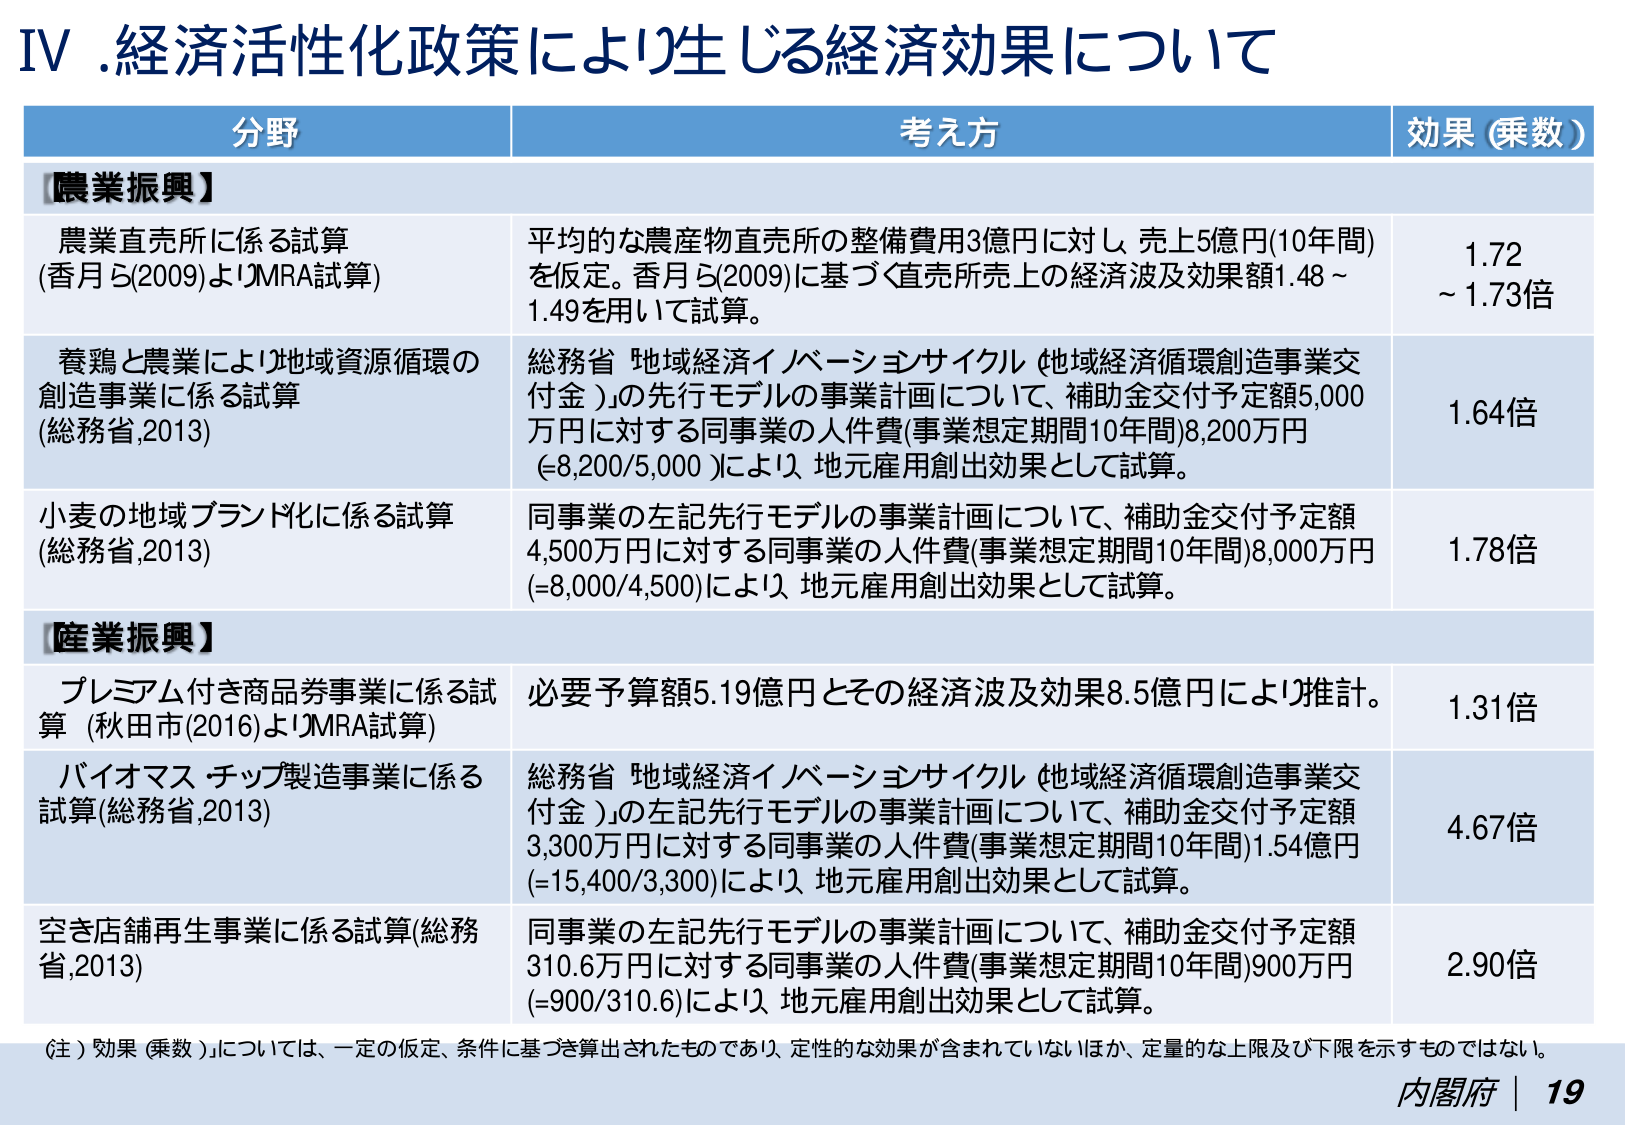
IV.経済活性化政策により生じる経済効果について

分野 考え方 効果（乗数）

【農業振興】

農業直売所に係る試算
（香月ら(2009)よりMRA試算）
平均的な農産物直売所の整備費用3億円に対し、売上5億円(10年間)を仮定。香月ら(2009)に基づく直売所売上の経済波及効果額1.48～1.49を用いて試算。
1.72～1.73倍

養鶏と農業により地域資源循環の創造事業に係る試算
（総務省,2013）
総務省「地域経済イノベーションサイクル（地域経済循環創造事業交付金）」の先行モデルの事業計画について、補助金交付予定額5,000万円に対する同事業の人件費（事業想定期間10年間）8,200万円（=8,200/5,000）により、地元雇用創出効果として試算。
1.64倍

小麦の地域ブランド化に係る試算
（総務省,2013）
同事業の左記先行モデルの事業計画について、補助金交付予定額4,500万円に対する同事業の人件費（事業想定期間10年間）8,000万円（=8,000/4,500）により、地元雇用創出効果として試算。
1.78倍

【産業振興】

プレミアム付き商品券事業に係る試算
（秋田市(2016)よりMRA試算）
必要予算額5.19億円とその経済波及効果8.5億円により推計。
1.31倍

バイオマス・チップ製造事業に係る試算
（総務省,2013）
総務省「地域経済イノベーションサイクル（地域経済循環創造事業交付金）」の左記先行モデルの事業計画について、補助金交付予定額3,300万円に対する同事業の人件費（事業想定期間10年間）1.54億円（=15,400/3,300）により、地元雇用創出効果として試算。
4.67倍

空き店舗再生事業に係る試算
（総務省,2013）
同事業の左記先行モデルの事業計画について、補助金交付予定額310.6万円に対する同事業の人件費（事業想定期間10年間）900万円（=900/310.6）により、地元雇用創出効果として試算。
2.90倍

（注）効果（乗数）については、一定の仮定、条件に基づき算出されたものであり、定性的な効果が含まれていないほか、定量的な上限及び下限を示すものではない。

内閣府 | 19